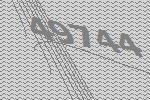
49744